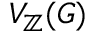
V _ { \mathbb { Z } } ( G )